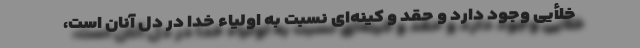
خلأیی وجود دارد و حقد و کینه‌ای نسبت به اولیاء خدا در دل آنان است،